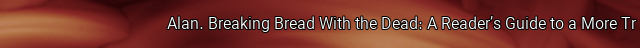
Alan. Breaking Bread With the Dead: A Reader’s Guide to a More Tr